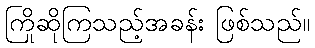
ကြိုဆိုကြသည့်အခန်း ဖြစ်သည်။